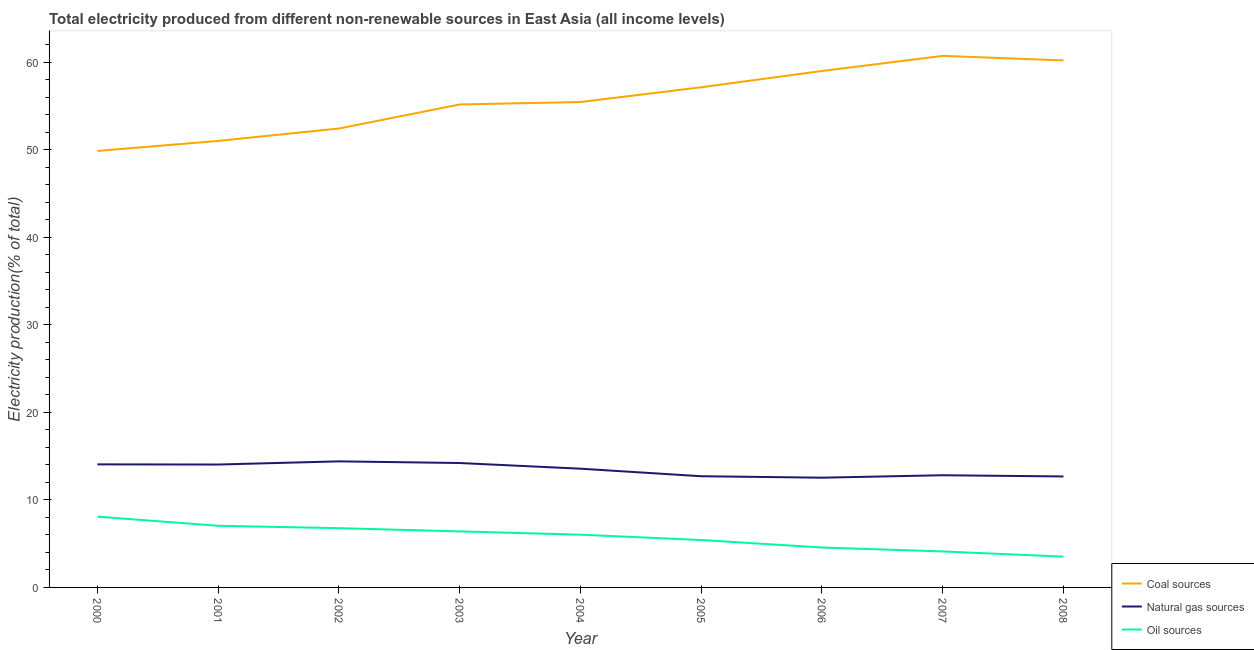
| Year | Coal sources | Natural gas sources | Oil sources |
 | --- | --- | --- | --- |
 | 2000 | 49.9 | 14.1 | 8.09 |
 | 2001 | 51 | 14 | 7.04 |
 | 2002 | 52.4 | 14.4 | 6.77 |
 | 2003 | 55.2 | 14.2 | 6.4 |
 | 2004 | 55.5 | 13.6 | 6.02 |
 | 2005 | 57.1 | 12.7 | 5.42 |
 | 2006 | 59 | 12.5 | 4.56 |
 | 2007 | 60.7 | 12.8 | 4.11 |
 | 2008 | 60.2 | 12.7 | 3.52 |